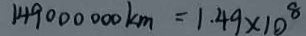
1 4 9 0 0 0 0 0 0 k m = 1 . 4 9 \times 1 0 ^ { 8 }